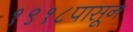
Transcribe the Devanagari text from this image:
१९१८पासून